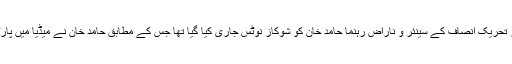
یاد رہے کہ دو دسمبر کو وزیراعظم عمران خان کی ہدایت پر تحریک انصاف کے سینئر و ناراض رہنما حامد خان کو شوکاز نوٹس جاری کیا گیا تھا جس کے مطابق حامد خان نے میڈیا میں پارٹی پر غلط الزام لگائے اور پارٹی کی ساکھ کو نقصان پہنچایا۔